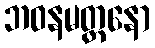
ဘဝနမတ္တနော